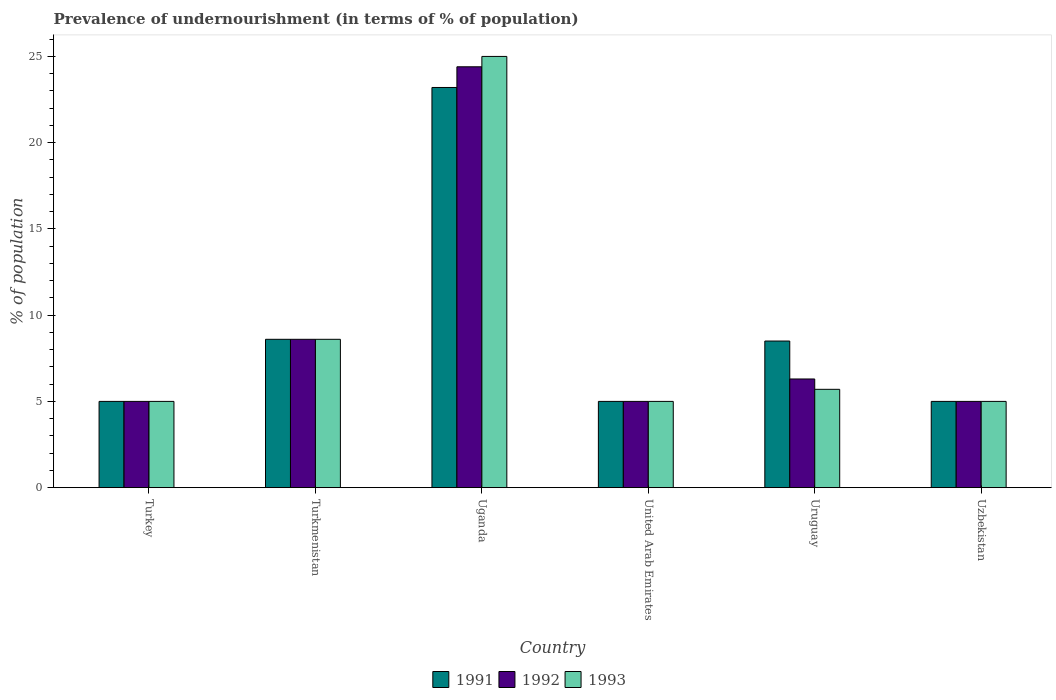
| Country | 1991 | 1992 | 1993 |
 | --- | --- | --- | --- |
 | Turkey | 5 | 5 | 5 |
 | Turkmenistan | 8.6 | 8.6 | 8.6 |
 | Uganda | 23.2 | 24.4 | 25 |
 | United Arab Emirates | 5 | 5 | 5 |
 | Uruguay | 8.5 | 6.3 | 5.7 |
 | Uzbekistan | 5 | 5 | 5 |